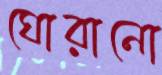
ঘোরানো